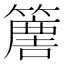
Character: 𥴿